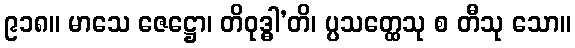
၉၁၈။ မာသေ ဇေဋ္ဌော၊ တိဝုဒ္ဓါ’တိ၊ ပ္ပသတ္ထေသု စ တီသု သော။